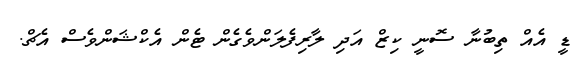
ޑީ އެއް ތިބުނާ ސޮނީ ކިޒް އަދި ލާރިފެލަންވެގެން ޓެން އެކްޝަންވެސް އެޗް.